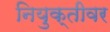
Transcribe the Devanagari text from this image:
नियुक्तीवर